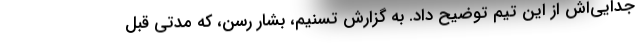
جدایی‌اش از این تیم توضیح داد. به گزارش تسنیم، بشار رسن، که مدتی قبل